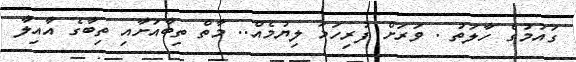
ގައުމުގެ ހާލަތު . ވަރަށް ފުރިހަމަ ލިޔުމެއް.. މާތް ތިބާއަށާއި ތިބާގެ އާއިލާ